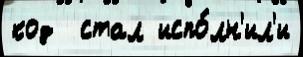
код  стал испо́лн'ил'и